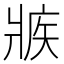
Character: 𰠕